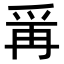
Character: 𭶭